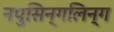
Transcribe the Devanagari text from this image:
नपुसिन्गलिन्ग